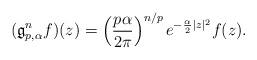
LaTeX: \begin{align*}(\mathfrak{g}^n_{p,\alpha} f)(z) = \left(\frac{p\alpha}{2\pi}\right)^{n/p} e^{-\frac{\alpha}{2}|z|^2}f(z). \end{align*}